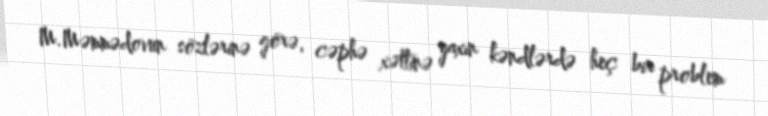
M.Məmmədovun sözlərinə görə, cəphə xəttinə yaxın kəndlərdə heç bir problem